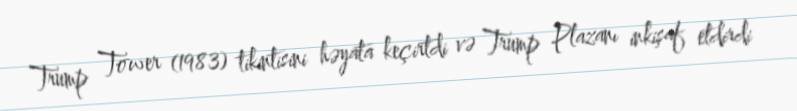
Trump Tower (1983) tikintisini həyata keçirtdi və Trump Plazanı inkişaf etdirdi